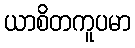
ယာစိတကူပမာ